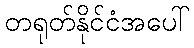
တရုတ်နိုင်ငံအပေါ်